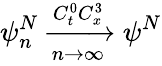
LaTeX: \psi_{n}^{N}\xrightarrow[n\rightarrow\infty]{C_{t}^{0}C_{x}^{3}}\psi^{N}